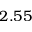
2 . 5 5